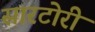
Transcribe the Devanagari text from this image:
सारटोरी